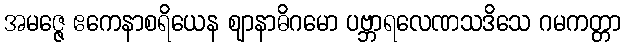
အမဇ္ဇေ ဧကေနာစရိယေန ဈာနာဓိဂမော ပဗ္ဘာရလေဏသဒိသေ ဂမကတ္တာ